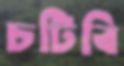
চটিবি